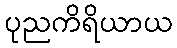
ပုညကိရိယာယ